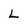
Character: L